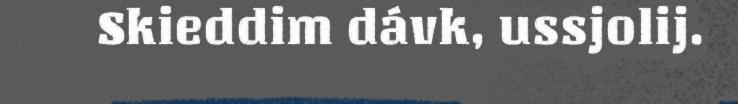
Skieddim dávk, ussjolij.